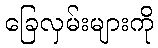
ခြေလှမ်းများကို